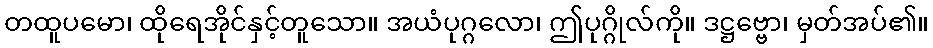
တထူပမော၊ ထိုရေအိုင်နှင့်တူသော။ အယံပုဂ္ဂလော၊ ဤပုဂ္ဂိုလ်ကို။ ဒဋ္ဌဗ္ဗော၊ မှတ်အပ်၏။